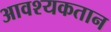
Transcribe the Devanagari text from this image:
आवश्यकतान